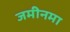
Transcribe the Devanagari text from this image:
जमीनमा